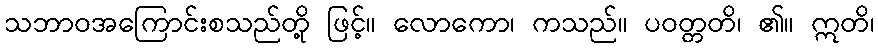
သဘာဝအကြောင်းစသည်တို့ ဖြင့်။ လောကော၊ ကသည်။ ပဝတ္တတိ၊ ၏။ ဣတိ၊